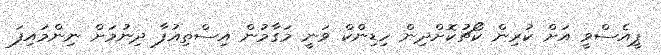
ޕީއެސްވީ އަށް ކުރިން ކޯޗުކޮށްދިން ހިޑިންކް ވަނީ މަގާމުން އިސްތިއުފާ ދިނުމަށް ނިންމައިފަ